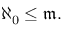
\aleph _ { 0 } \leq { \mathfrak { m } } .